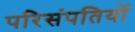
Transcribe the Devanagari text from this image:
परिसंपतियों